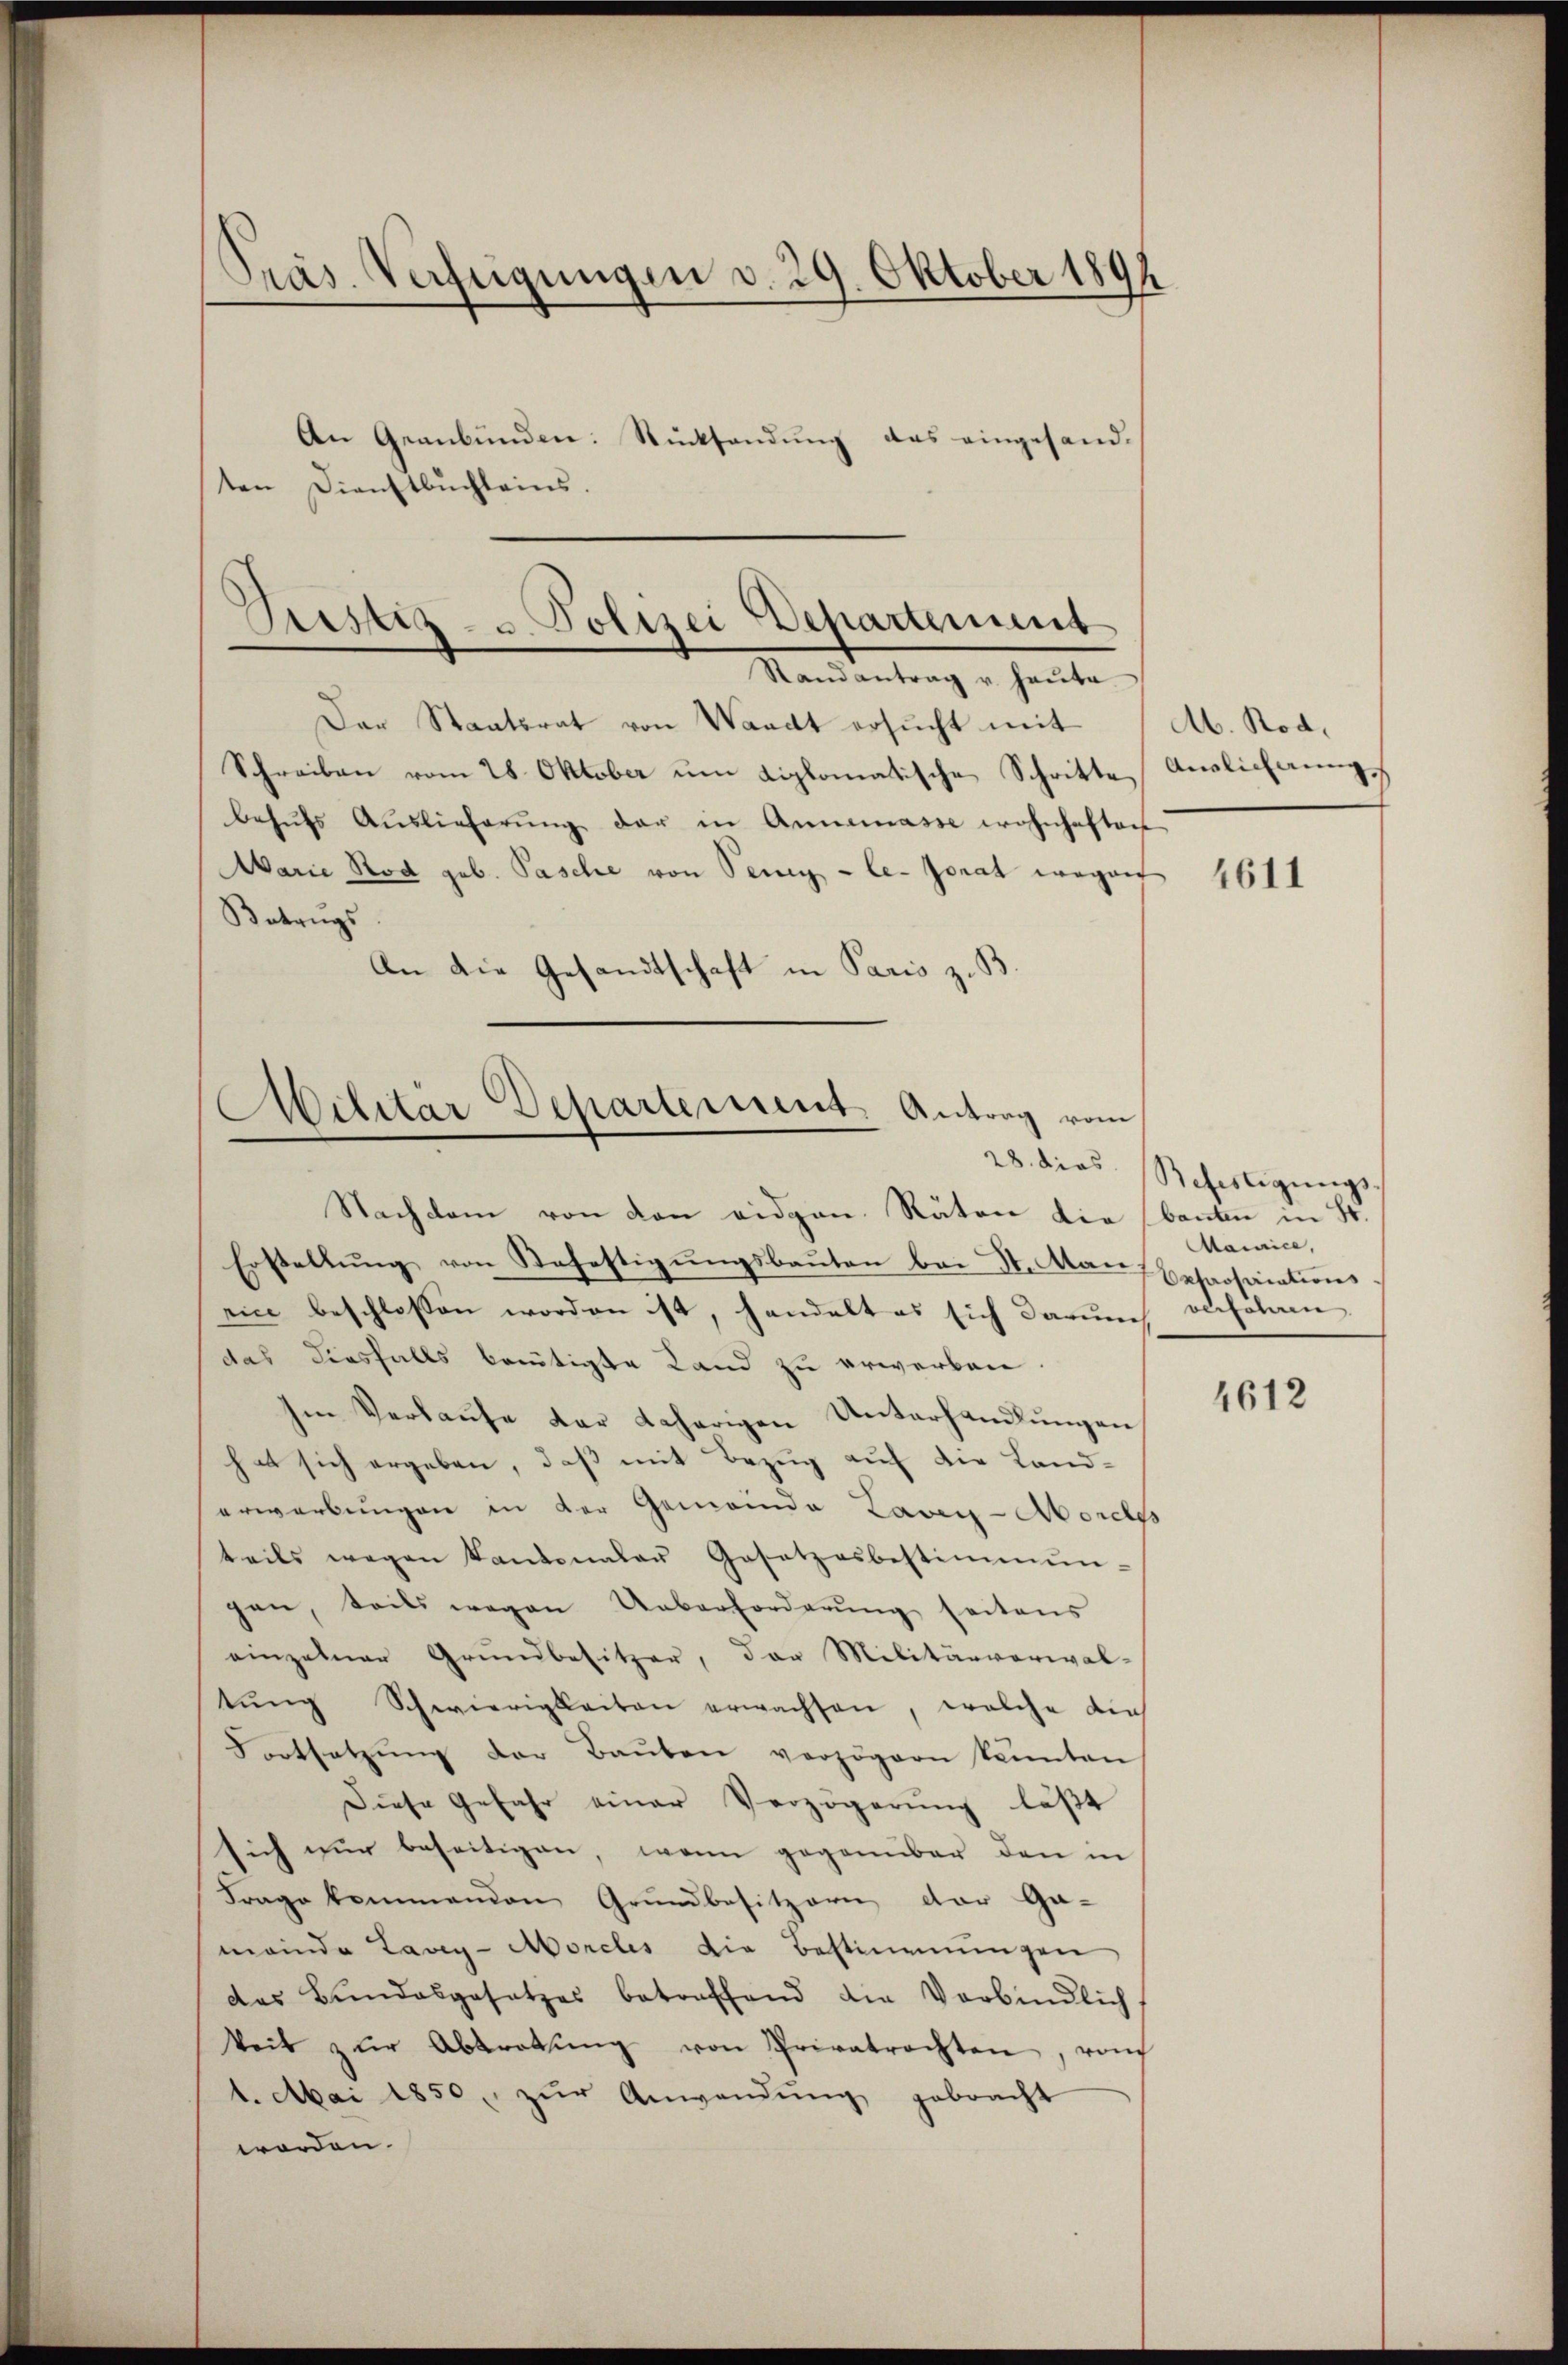
Präs. Verfügungen v. 29. Oktober 1894

An Geanbunden: Rücksendung das eingesandten Dienstbuchleins.

Grestiz- u. Polizei Departement
Randantrag u. haŭta

Der Staatsrat von Waadt ersŭcht mit (Ab. Rod¬
Schreiben vom 28. Oktober um diplomatische Schritte Auslichungs
behŭfs Aŭslieferŭng der in Annemasse wohnhaften
Marie Rod geb. Pasche von Seng - le Jonat wegent
Betrugs
An die Gesandtschaft in Paris z. B.

Ailitar Departement Antrag vom
Nachdem von den eidgen. Räten die bauten in St.

Erstellŭng von Befestigungsbauten bei St. Man besassariationsrice beschlossen worden ist, handelt es sich darum
das diesfalls betätigte Land zu erwerben
Im Verhaŭse der daherigen Unterhandlŭngen
hat sich ergeben, daß mit Bezug auf die Landerwerbungen in der Gemeinde Laven-Abordes
teils wegen Kantonaler Gesetzesbestimmun-
gen, teils wegen Ueberforderŭng seitens
einzelner Grŭndbesitzer, der Militärverwal-
tŭng Schwierigkeiten erwachsen, welche die
Fortsetzŭng der Baŭben verzögern kannten
Diese Gefahr einer Verzögerung läßt
sich nur beseitigen, wenn gegenüber den in
Frage kommenden Grundbesitzern der Ga-
meinde Lavey-Morels die Bestimmungen
das Bundesgesetzes betreffend die Verbindlich
keit zŭr Abtretŭng von Privatrechten, von
4. Mai 1850, zŭr Anwendŭng gebracht
worden.

4611

28. dies Befestigungs
Maiice,
onsonnen

4612